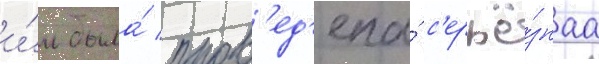
и́м была́ пров'ед'ена́ с'ерьё́знаа